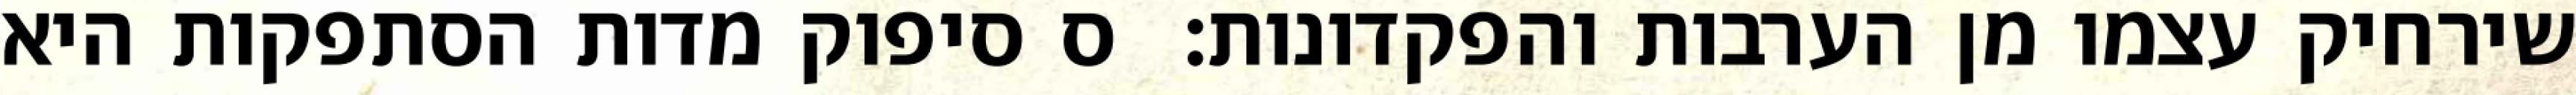
שירחיק עצמו מן הערבות והפקדונות:  ס סיפוק מדות הסתפקות היא